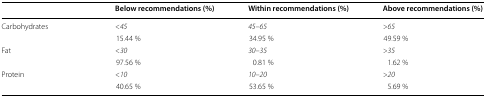
<table><thead><tr><td></td><td><b>Below recommendations (%)</b></td><td><b>Within recommendations (%)</b></td><td><b>Above recommendations (%)</b></td></tr></thead><tbody><tr><td rowspan="2">Carbohydrates </td><td><i>&lt;45</i></td><td><i>45–65</i></td><td><i>&gt;65</i></td></tr><tr><td>15.44 %</td><td>34.95 %</td><td>49.59 %</td></tr><tr><td rowspan="2">Fat</td><td><i>&lt;30</i></td><td><i>30–35</i></td><td><i>&gt;35</i></td></tr><tr><td>97.56 %</td><td>0.81 %</td><td>1.62 %</td></tr><tr><td rowspan="2">Protein</td><td><i>&lt;10</i></td><td><i>10–20</i></td><td><i>&gt;20</i></td></tr><tr><td>40.65 %</td><td>53.65 %</td><td>5.69 %</td></tr></tbody></table>